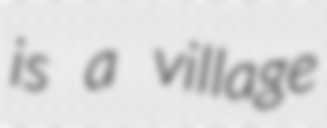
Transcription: is a village